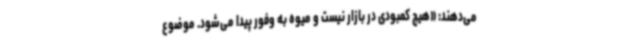
می‌دهند: «هیچ کمبودی در بازار نیست و میوه به وفور پیدا می‌شود. موضوع